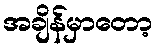
အချိန်မှာတော့